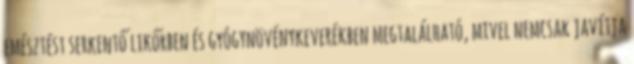
emésztést serkentő likőrben és gyógynövénykeverékben megtalálható, mivel nemcsak javítja